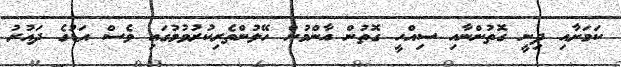
ކަމަށާއި ދިނީ ގޮތުންނާއި ސިއްހީ ގޮތުން އާންމުން ހޭލުންތެރިކުރުވުމުގައި ވެސް އަޑުގެ ދައުރު